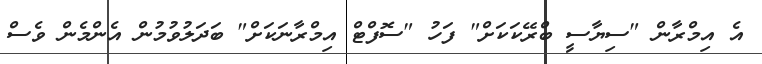
އެ އިމްރާން "ސިޔާސީ ބްރޭކަކަށް" ފަހު "ސޮފްޓް އިމްރާނަކަށް" ބަދަލުވުމުން އެންމެން ވެސް